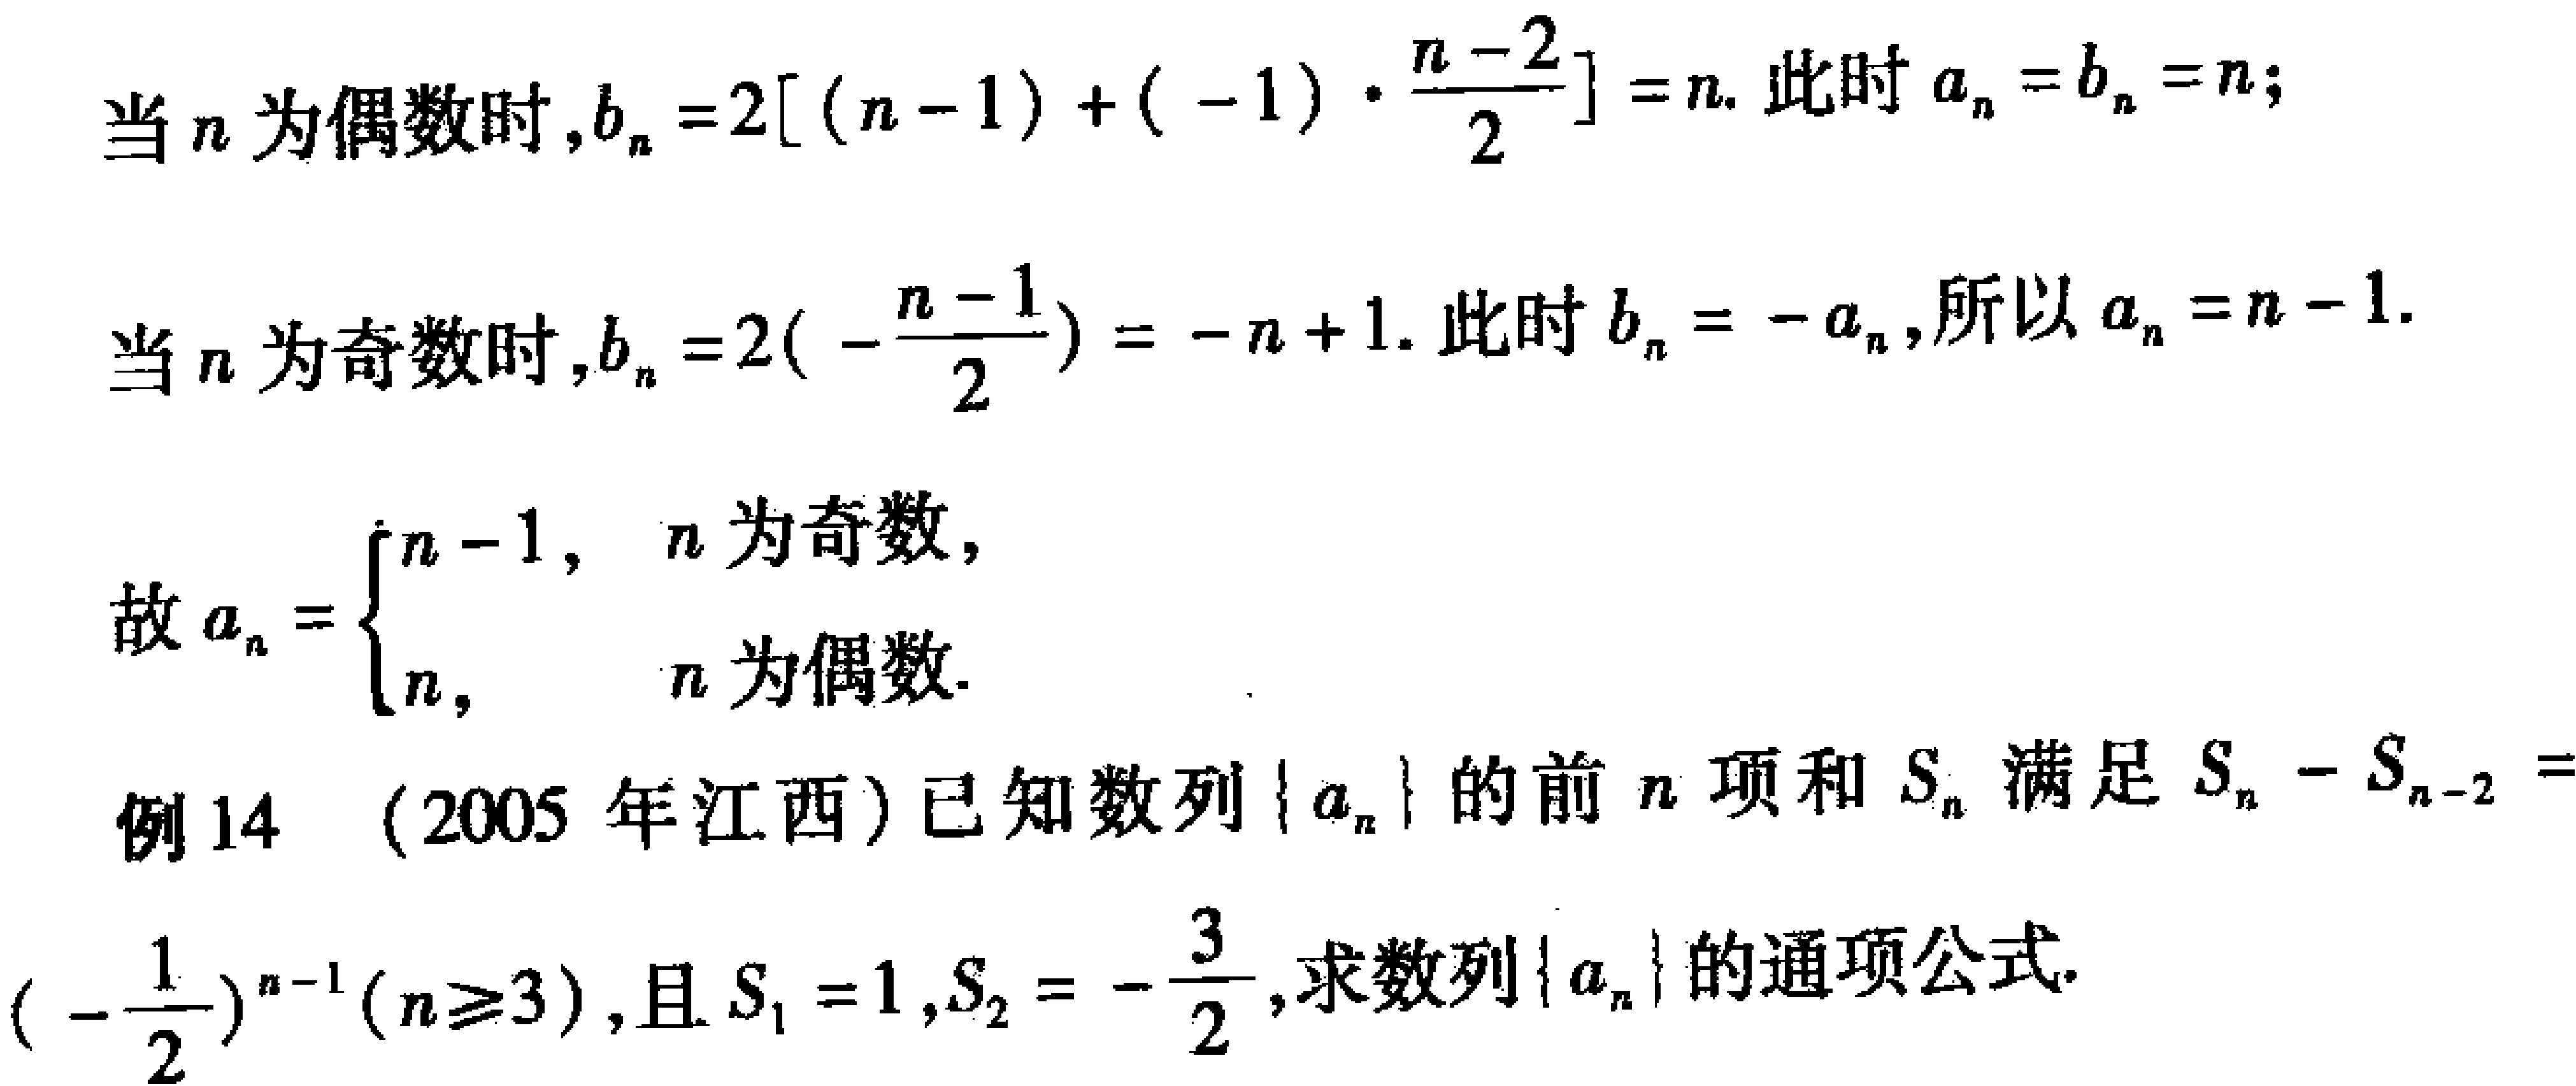
当\(n\)为偶数时，\(b_{n}=2[(n - 1)+(-1)\cdot\frac{n - 2}{2}]=n\). 此时\(a_{n}=b_{n}=n\)；
当\(n\)为奇数时，\(b_{n}=2(-\frac{n - 1}{2})=-n + 1\). 此时\(b_{n}=-a_{n}\)，所以\(a_{n}=n - 1\).
故\(a_{n}=\begin{cases}n - 1, & n为奇数,\\n, & n为偶数.\end{cases}\)
例14 （2005年江西）已知数列\(\{a_{n}\}\)的前\(n\)项和\(S_{n}\)满足\(S_{n}-S_{n - 2}=(-\frac{1}{2})^{n - 1}(n\geq3)\)，且\(S_{1}=1\)，\(S_{2}=-\frac{3}{2}\)，求数列\(\{a_{n}\}\)的通项公式.